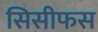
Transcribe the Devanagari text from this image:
सिसीफस